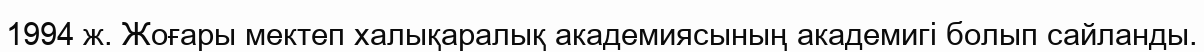
1994 ж. Жоғары мектеп халықаралық академиясының академигі болып сайланды.